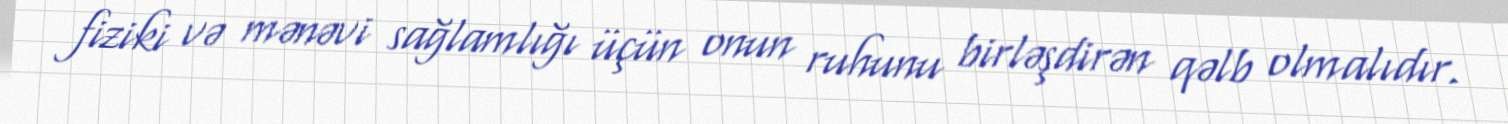
fiziki və mənəvi sağlamlığı üçün onun ruhunu birləşdirən qəlb olmalıdır.